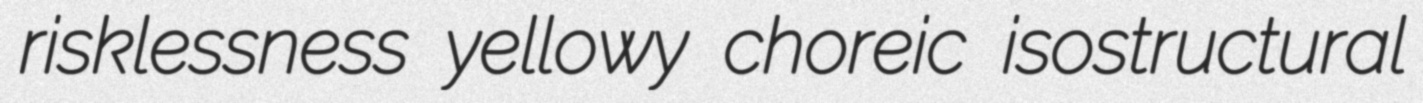
risklessness yellowy choreic isostructural